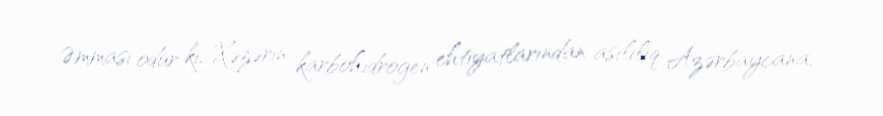
Əmması odur ki, Xəzərin karbohidrogen ehtiyatlarından asılılıq Azərbaycana,